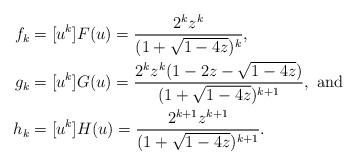
LaTeX: \begin{align*}f_k&= [ u^k] F(u)=\frac{2^kz^k}{(1+\sqrt{1-4z})^k},\\g_k&=[ u^k] G(u)=\frac{2^kz^k(1-2z-\sqrt{1-4z})}{(1+\sqrt{1-4z})^{k+1}}, \mbox{ and }\\h_k&=[ u^k] H(u)=\frac{2^{k+1}z^{k+1}}{(1+\sqrt{1-4z})^{k+1}}.\end{align*}